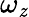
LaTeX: \omega_{\mathit{z}}